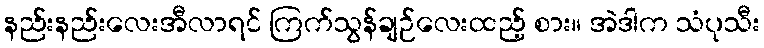
နည်းနည်းလေးအီလာရင် ကြက်သွန်ချဉ်လေးထည့် စား။ အဲဒါက သံပုသီး